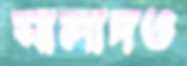
সালাদও